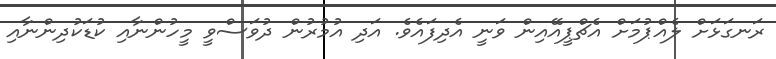
ރަނގަޅަށް ލެއްޕުމަށް އެޗްޕީއޭއިން ވަނީ އެދިފައެވެ. އަދި އުމުރުން ދުވަސްވީ މީހުންނާއި ކުޑަކުދިންނާއި